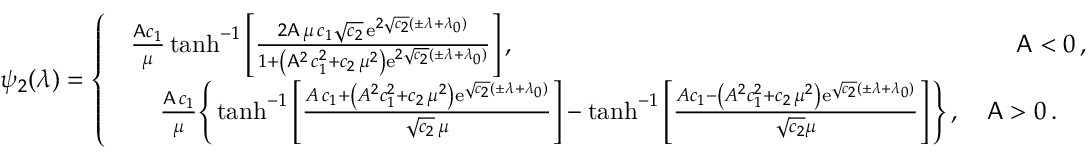
\psi _ { 2 } ( \lambda ) = \left\{ \begin{array} { l l } { \begin{array} { c } { \frac { \mathsf { A } c _ { 1 } } { \mu } \operatorname { t a n h } ^ { - 1 } \left[ \frac { 2 \mathsf { A } \, \mu \, c _ { 1 } \sqrt { c _ { 2 } } \, \mathrm { e } ^ { 2 \sqrt { c _ { 2 } } ( \pm \lambda + \lambda _ { 0 } ) } } { 1 + \left( \mathsf { A } ^ { 2 } \, c _ { 1 } ^ { 2 } + c _ { 2 } \, \mu ^ { 2 } \right) \mathrm { e } ^ { 2 \sqrt { c _ { 2 } } ( \pm \lambda + \lambda _ { 0 } ) } } \right] , \qquad \qquad \qquad \qquad \qquad \qquad \qquad \qquad \qquad \qquad \mathsf { A } < 0 \, , } \\ { \frac { \mathsf { A } \, c _ { 1 } } { \mu } \Bigg \{ \operatorname { t a n h } ^ { - 1 } \left[ \frac { A \, c _ { 1 } + \left( A ^ { 2 } c _ { 1 } ^ { 2 } + c _ { 2 } \, \mu ^ { 2 } \right) \mathrm { e } ^ { \sqrt { c _ { 2 } } ( \pm \lambda + \lambda _ { 0 } ) } } { \sqrt { c _ { 2 } } \, \mu } \right] - \operatorname { t a n h } ^ { - 1 } \left[ \frac { A c _ { 1 } - \left( A ^ { 2 } c _ { 1 } ^ { 2 } + c _ { 2 } \, \mu ^ { 2 } \right) \mathrm { e } ^ { \sqrt { c _ { 2 } } ( \pm \lambda + \lambda _ { 0 } ) } } { \sqrt { c _ { 2 } } \mu } \right] \Bigg \} \, , \quad \mathsf { A } > 0 \, . } \end{array} } \end{array} \right.